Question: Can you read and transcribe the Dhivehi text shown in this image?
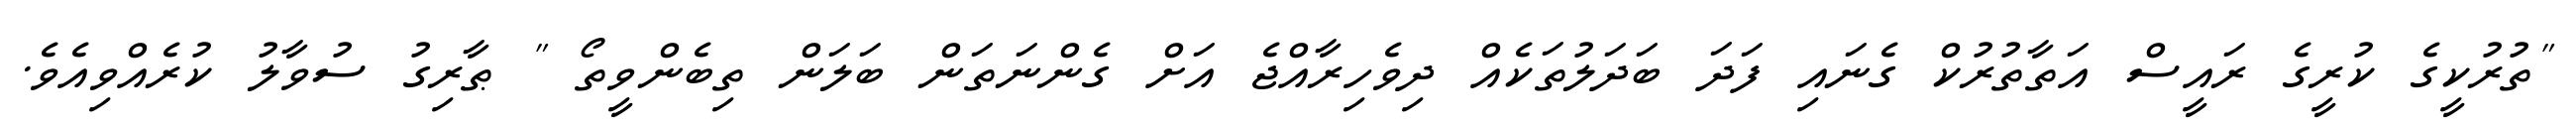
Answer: "ތުރުކީގެ ކުރީގެ ރައީސް އަތާތުރުކް ގެނައި ފަދަ ބަދަލުތަކެއް ދިވެހިރާއްޖެ އަށް ގެންނަތަން ބަލަން ތިބެންވީތޯ " ޠާރިގު ސުވާލު ކުރެއްވިއެވެ.